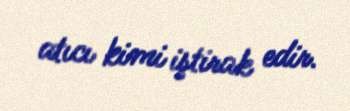
atıcı kimi iştirak edir.